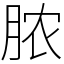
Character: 脓